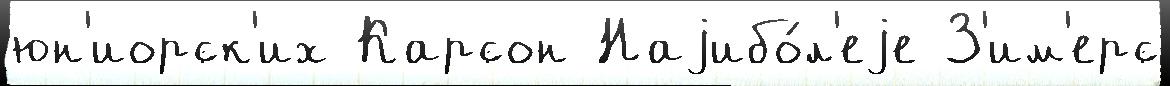
юн'иорск'их Карсон Наjибо́л'еjе З'им'ерс